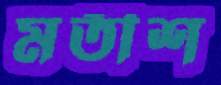
মতীশ